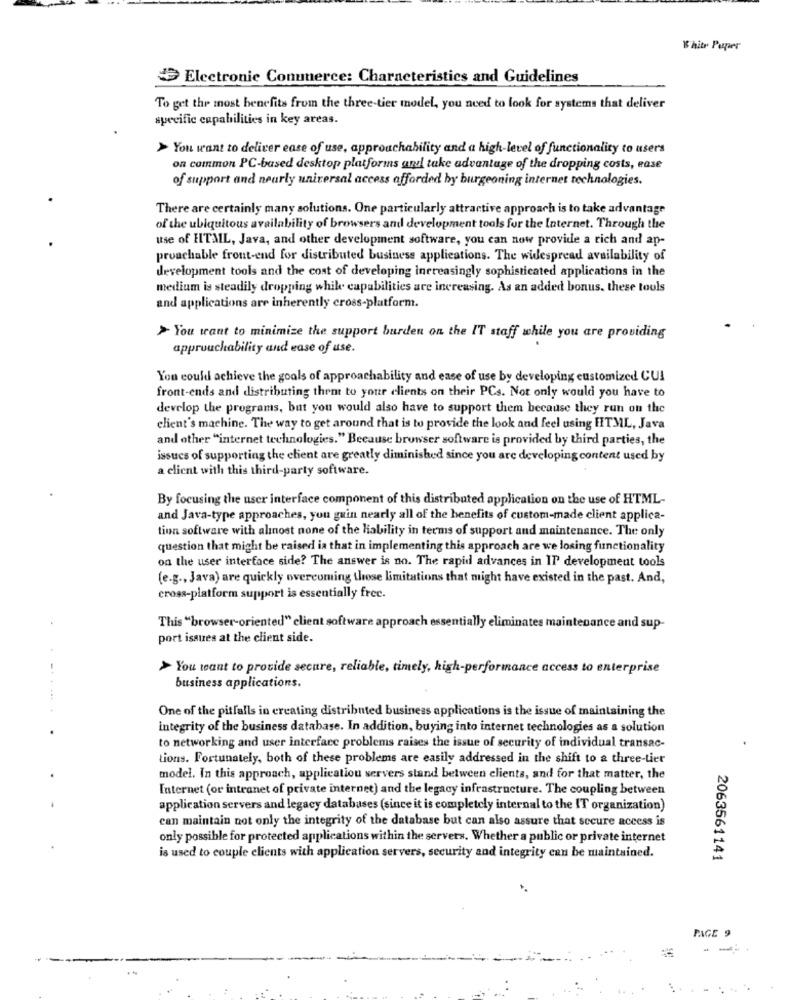
White Paper
Electronic Conunerce: Charneteristics and Guidelines
To get the most benefits from the three-tier model, you need to look for systems that deliver
specific capabilities in key areas.
> You want to deliver ease of use, approachability and a high-level of functionality to users
on common PC-based desktop platforms and take advantage of the dropping costs, ease
of support and nearly universal access afforded by burgeoning internet technologies.
There are certainly many solutions. One particularly attractive approach is to take advantage
of the ubiquitous availability of browsers and development tools for the Internet. Through the
use of HTML, Java, and other development software, you can now provide a rich and ap-
proachable front-end for distributed business applications. The widespread availability of
development tools and the cost of developing increasingly sophisticated applications in the
medium is steadily dropping while capabilities are increasing. As an added bonus. these touls
and applications are inherently cross-platform.
> You want to minimize the support burden on the IT staff while you are providing
approachability and ease of use.
You could achieve the goals of approachability and ease of use by developing customized CUI
front-ends and distributing them to your clients on their PCs. Not only would you have to
develop the programs, but you would also have to support them because they run on the
client's machine. The way to get around that is to provide the look and feel using HTML, Java
and other "internet technologies." Because browser software is provided by third parties, the
issues of supporting the client are greatly diminished since you are developing content used by
a client with this third-party software.
By focusing the user interface component of this distributed application on the use of HTML-
and Java-type approaches, you guin nearly all of the benefits of custom-made client applica-
tion software with almost none of the liability in terms of support and maintenance. The only
question that might be raised ia that in implementing this approach are we losing functionality
on the user interface side? The answer is no. The rapid advances in IT development tools
(e.g ., Java) are quickly overcoming those limitations that might have existed in the past. And,
cross-platform support is essentially free.
This "browser-oriented" client software approach essentially eliminates maintenance and sup-
port issues at the client side.
> You want to provide secare, reliable, timely, high-performance access to enterprise
-...
business applications.
One of the pitfalls in creating distributed business applications is the issue of maintaining the
integrity of the business database. In addition, buying into internet technologies as a solution
to networking and user interface problems raises the issue of security of individual transac-
tions. Fortunately, both of these problems are easily addressed in the shift to a three-tier
model. In this approach, application servers stand between clients, and for that matter, the
Internet (or intranet of private internet) and the legacy infrastructure. The coupling between
application servers and legacy databases (since it is completely internal to the IT organization)
can maintain not only the integrity of the database but can also assure that secure access is
only possible for protected applications within the servers. Whether a public or private internet
is used to couple clients with application servers, security and integrity can be maintained.
2063561141
PAGE 9
---